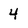
Character: 4